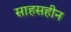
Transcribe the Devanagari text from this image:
साहसहीन